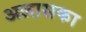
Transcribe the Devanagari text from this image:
अलासका